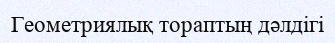
Геометриялық тораптың дәлдігі